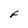
Character: F